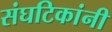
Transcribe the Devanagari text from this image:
संघटिकांनी